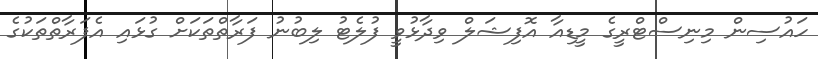
ހައުސިން މިނިސްޓްރީގެ މީޑިއާ އޮފިޝަލް ވިދާޅުވީ ފުލެޓު ލިބުނު ފަރާތްތަކަށް ގުޅައި އެފަރާތްތަކުގެ